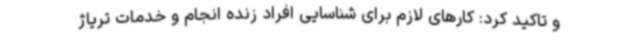
و تاکید کرد: کارهای لازم برای شناسایی افراد زنده انجام و خدمات تریاژ